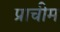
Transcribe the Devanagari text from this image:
प्राचीम